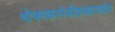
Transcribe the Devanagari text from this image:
भोजनकरनेकीइच्छानाहोन